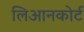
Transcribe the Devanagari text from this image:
लिआनकोर्ट